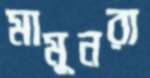
মামুনরা